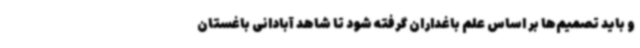
و باید تصمیم‌ها بر اساس علم باغداران گرفته شود تا شاهد آبادانی باغستان